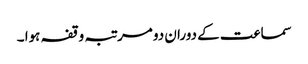
سماعت کے دوران دو مرتبہ وقفہ ہوا ۔